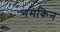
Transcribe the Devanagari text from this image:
नमकिन